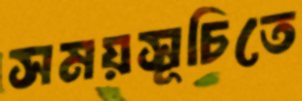
সময়সূচিতে